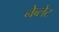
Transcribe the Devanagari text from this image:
नेब्लेट